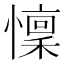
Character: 懍